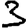
Digit: 3